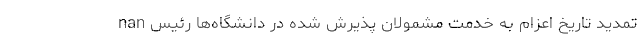
nan تمدید تاریخ اعزام به خدمت مشمولان پذیرش شده در دانشگاه‌ها رئیس